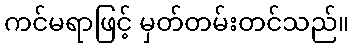
ကင်မရာဖြင့် မှတ်တမ်းတင်သည်။